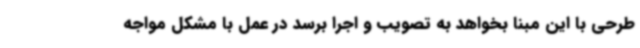
طرحی با این مبنا بخواهد به تصویب و اجرا برسد در عمل با مشکل مواجه